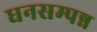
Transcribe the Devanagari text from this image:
धनसम्पन्न